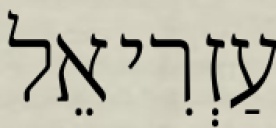
עַזְרִיאֵל